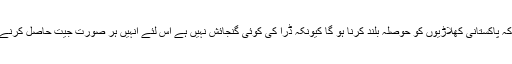
تفصیلات کے مطابق رمیز راجہ نے کہا کہ پاکستانی کھلاڑیوں کو حوصلہ بلند کرنا ہو گا کیونکہ ڈرا کی کوئی گنجائش نہیں ہے اس لئے انہیں ہر صورت جیت حاصل کرنے کی سوچ کیساتھ میدان میں اترنا پڑے گا۔